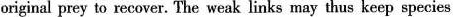
originai prey to recover.The weak links may thus keep species